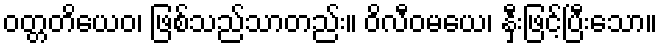
ဝတ္တတိယေဝ၊ ဖြစ်သည်သာတည်း။ ဝိလီဝမယေ၊ နှီးဖြင့်ပြီးသော။